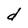
Character: d